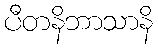
ပီတနိဘာသာနိ